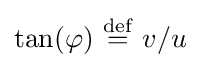
\tan(\varphi )\ {\stackrel {\mathrm {def} }{=}}\ v/u